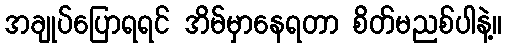
အချုပ်ပြောရရင် အိမ်မှာနေရတာ စိတ်မညစ်ပါနဲ့။